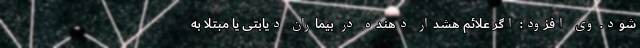
شود. وی افزود: اگر علائم هشدار دهنده در بیماران دیابتی یا مبتلا به